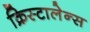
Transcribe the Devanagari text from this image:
क्रिस्टालेन्स